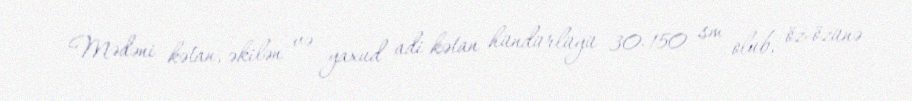
Mədəni kətan, əkilən və yaxud adi kətan hündürlüyü 30-150 sm olub, öz-özünə